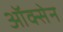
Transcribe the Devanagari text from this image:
ऑक्सेन